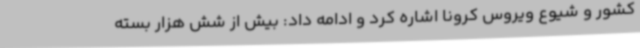
کشور و شیوع ویروس کرونا اشاره کرد و ادامه داد: بیش‌ از شش هزار بسته